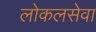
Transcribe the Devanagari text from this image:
लोकलसेवा